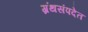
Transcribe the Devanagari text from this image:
ग्रंथसंपदेत